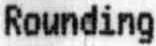
ROUNDING